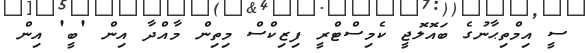
ސީ އިމްތިޙާނުގެ ބައޮލޮޖީ ކެމިސްޓްރީ ފިޒިކްސް މިތިން މާއްދާ އިން 'ބީ' އިން